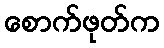
စောက်ဖုတ်က